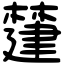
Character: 㯬